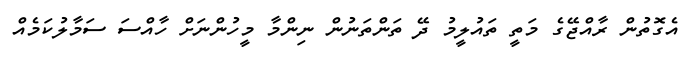
އެގޮތުން ރާއްޖޭގެ މަތީ ތައުލީމު ދޭ ތަންތަނުން ނިންމާ މީހުންނަށް ހާއްސަ ސަމާލުކަމެއް